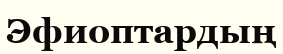
Эфиоптардың